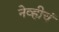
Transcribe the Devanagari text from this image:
नेव्हीचं